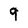
Character: 9